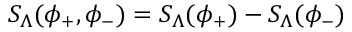
S _ { \Lambda } ( \phi _ { + } , \phi _ { - } ) = S _ { \Lambda } ( \phi _ { + } ) - S _ { \Lambda } ( \phi _ { - } )